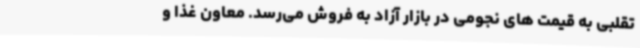
تقلبی به قیمت های نجومی در بازار آزاد به فروش می‌رسد. معاون غذا و